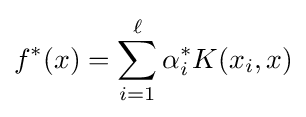
f^{*}(x)=\sum _{i=1}^{\ell }\alpha _{i}^{*}K(x_{i},x)